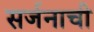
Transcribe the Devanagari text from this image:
सर्जनाची